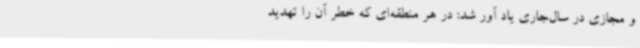
و مجازی در سال‌جاری یاد آور شد: در هر منطقه‌ای که خطر آن را تهدید